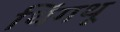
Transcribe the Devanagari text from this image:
थिंगथू